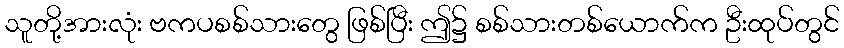
သူတို့အားလုံး ဗကပစစ်သားတွေ ဖြစ်ပြီး ဤ၌ စစ်သားတစ်ယောက်က ဦးထုပ်တွင်